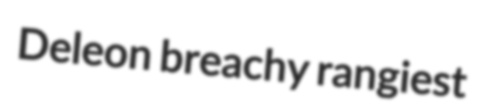
Deleon breachy rangiest